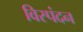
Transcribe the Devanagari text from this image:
विस्पंदन